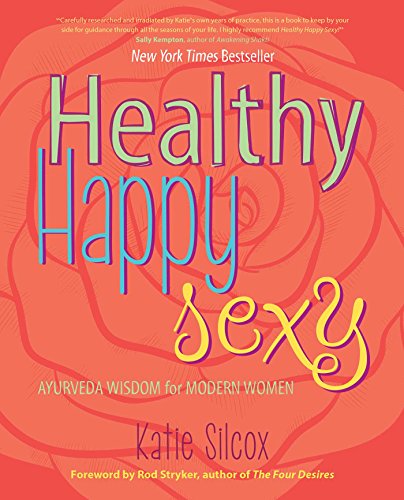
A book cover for Healthy Happy Sexy: Ayurveda Wisdom for Modern Women; Katie Silcox; Health, Fitness & Dieting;